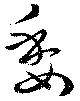
委